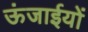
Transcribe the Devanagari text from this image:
ऊंजाईयों